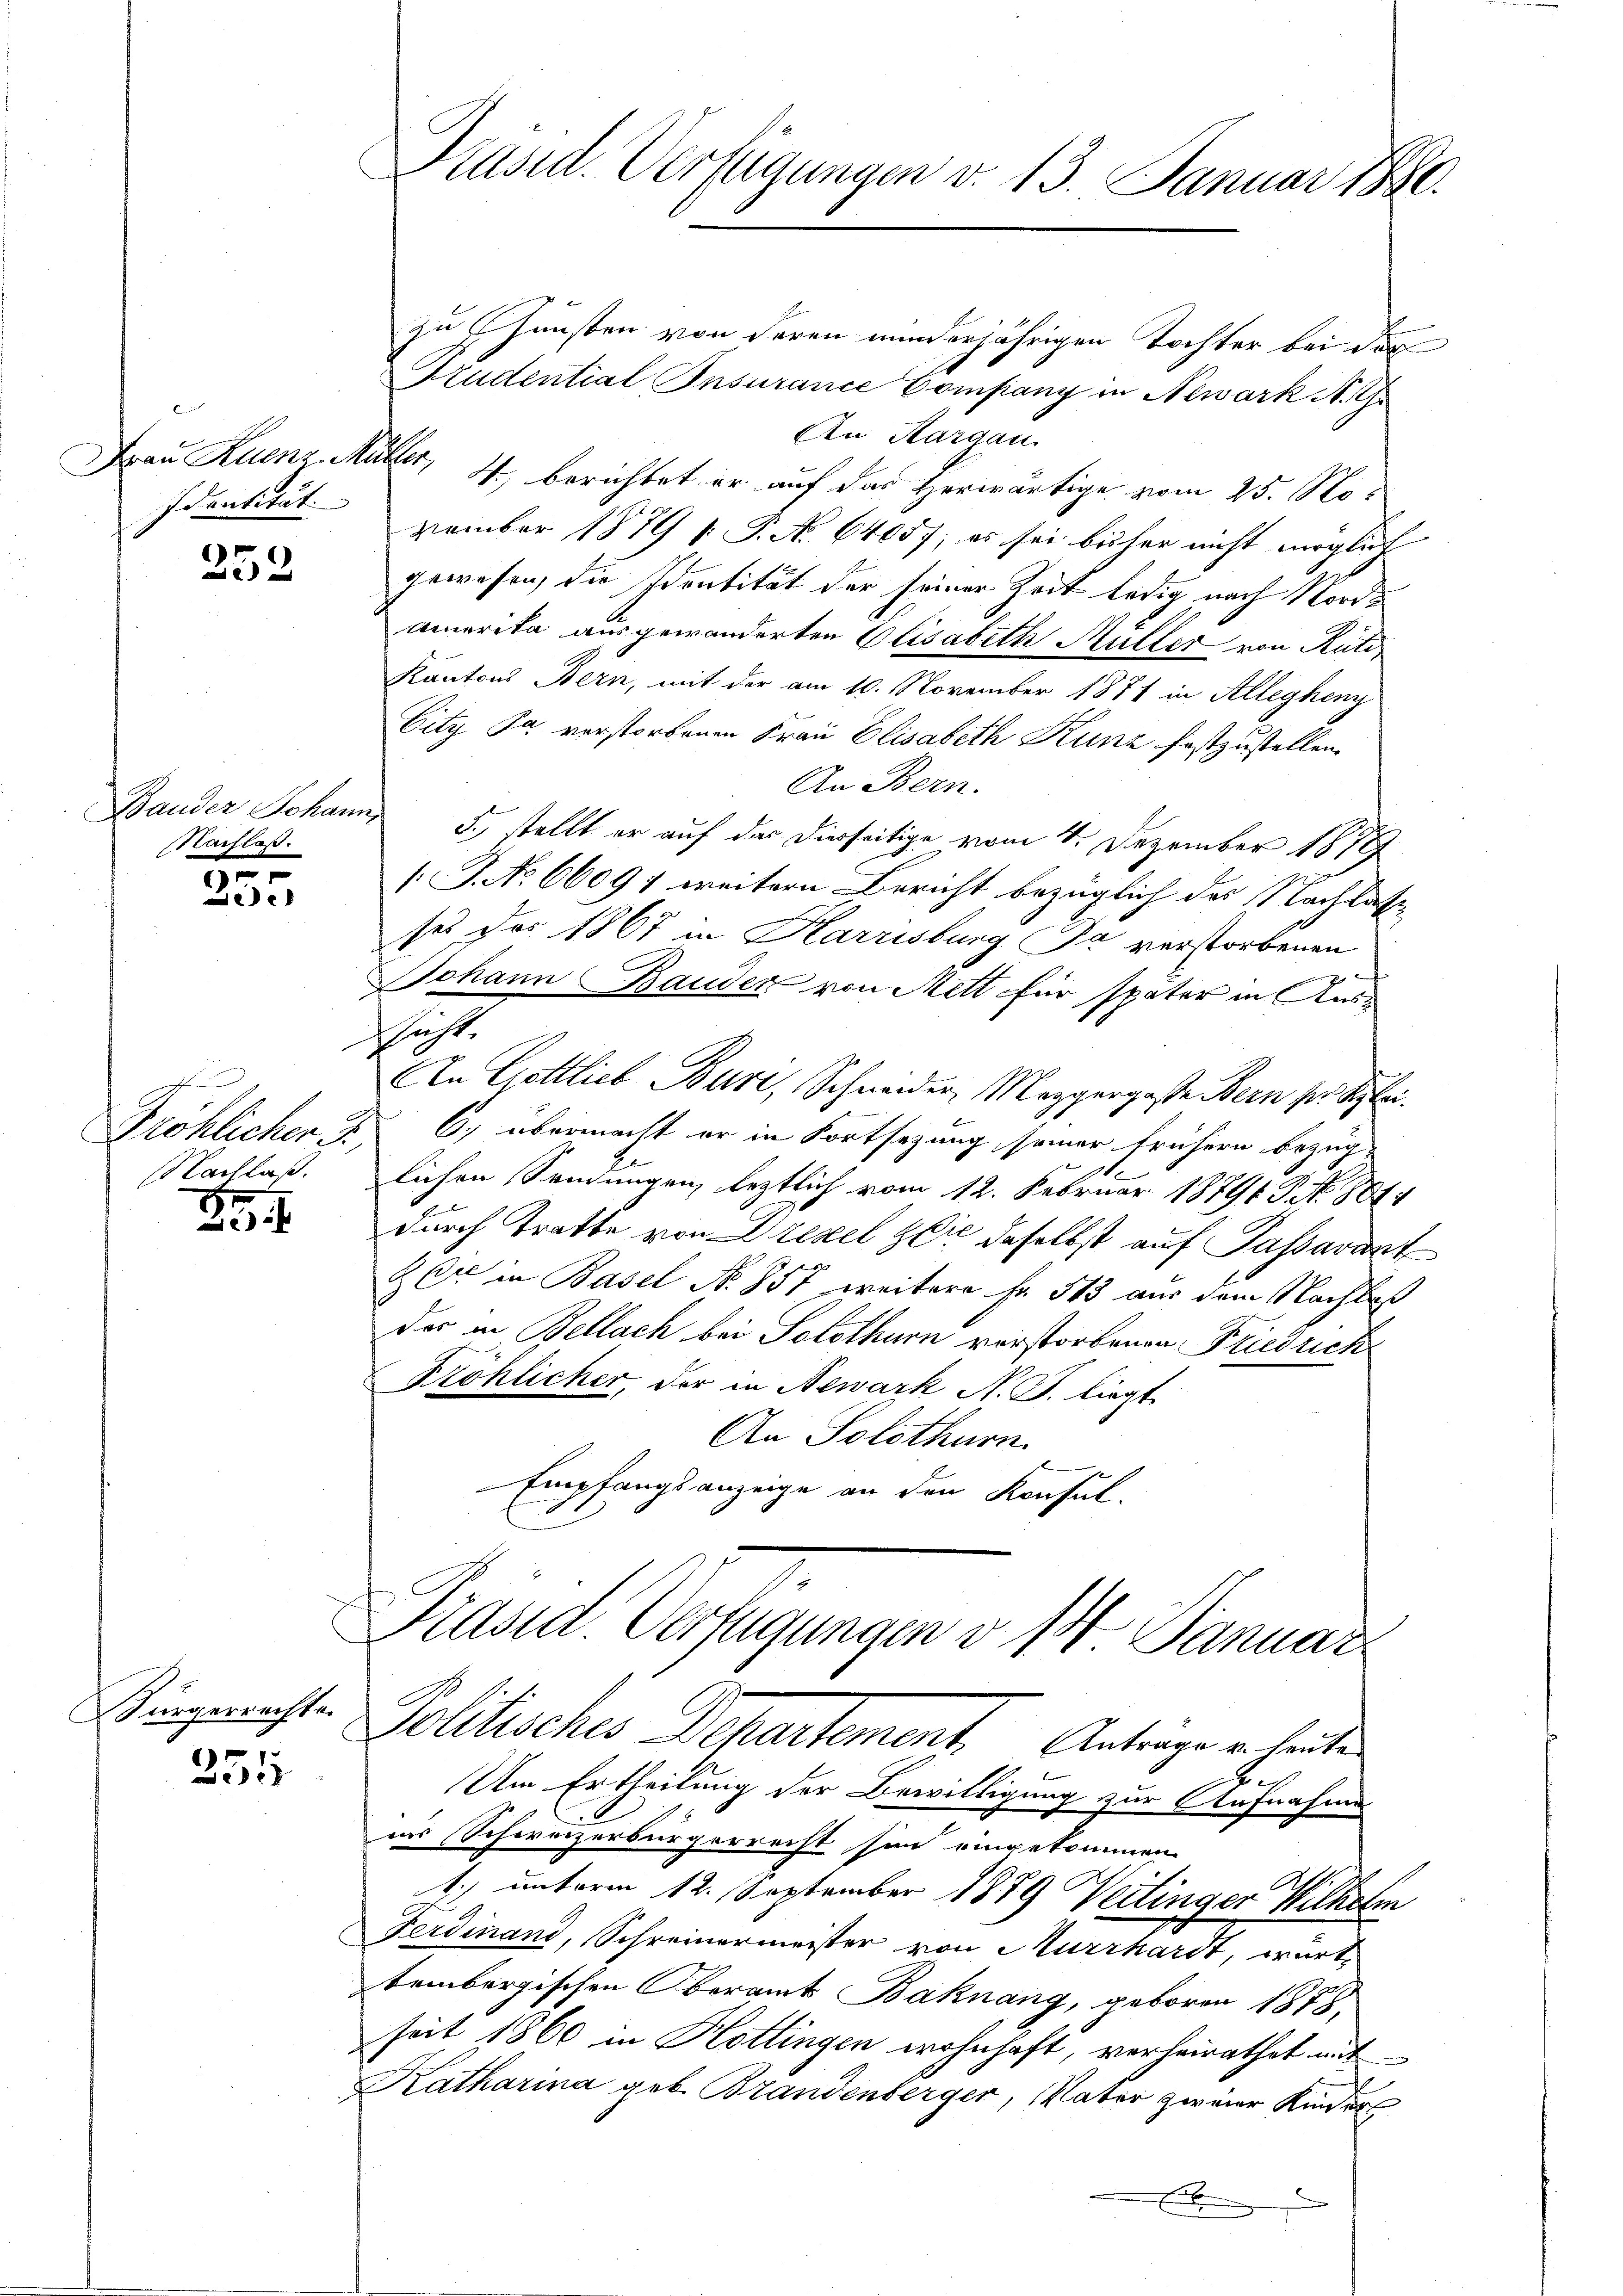
Frau Ruenz Müller,
Identität.

252

Nachlaß.

355

Nachlaß.

25

Würgerrechte.
r

x

Präsid. Verfügungen v. 13. Januar 1880.

zu Gunsten von deren minderjährigen Tochter bei der
Studential Insurance Company in Newark A. G.
An Margau.
W.) berichtet er auf das Herwärtige vom 25. No
vember 1879 f. P. No 64057; es sei bisher nicht möglich
gewesen, die Identität der seiner Zeit ledig nach Nordamerika ausgewanderten Elisabeth Mutter von Rüti
Kantons Bern, mit der am 10. November 1871 in Allegheny
City Pa vorstorbenen Frau Elisabeth Kunz festzustellen.
An Bern.
Bauder Johann, stellt er auf das Dierseitige vom 4. Dezember 1819
[J.NNo 66091 weitern Bericht bezüglich des Nachlasse
ses des 1867 in Harrisburg Pa verstorbenen
f
Johann Bauder von Mett für später in Ausschäft.
An Gottlieb Buri, Schneider, Mezgergeste Bern her Siglei
Pröhlicher. P. C. übermacht er in Fortsezung seiner frühern bezüglichen Sendungen, letztlich vom 12. Februar 18791 S. Nr. 801.
durch Tratte von Drezel sie daselbst auf Passarant
2 Er in Basel No. 857 weitere Fr. 513 aus dem Nachlaß
der in Bellach bei Solothurn vorstorbenen Friedrich
Fröhlicher, der in Newark N. J. liegt
An Solothurn
Empfangsanzeige an den Konsul-

Präsid. Verfügungen v. 14. Januar
Politisches Departement Antrage u leiten

Um Ertheilung der Bewilligung zur Aufnahme
ins Schweizerbürgerrecht sind eingekommen.
1.) unterm 12. September 1889 Veitinger Wilhelm
Ferdinand, Schreinermeister von Murrhardt, warte
tembergischen Oberamt Bahnang, geboren 1878,
seit 1860 in Hottingen wohnhaft, verheirathet mit
Katharina geb. Brandenberger, Vater zweier Kinders
E